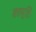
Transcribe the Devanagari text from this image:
शतमूर्तिः